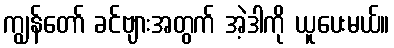
ကျွန်တော် ခင်ဗျားအတွက် အဲ့ဒါကို ယူပေးမယ်။